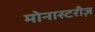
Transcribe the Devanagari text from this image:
मोनास्टरीज़